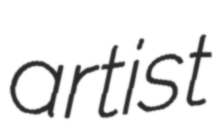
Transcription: artist